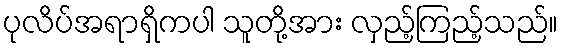
ပုလိပ်အရာရှိကပါ သူတို့အား လှည့်ကြည့်သည်။